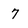
Character: 7